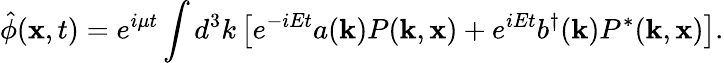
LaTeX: \hat{\phi}({\mathbf x},t)=e^{i\mu t}\int d^{3}k\left[e^{-iEt}a({\mathbf k})P({\mathbf k},{\mathbf x})+e^{iEt}b^{\dagger}({\mathbf k})P^{*}({\mathbf k},{\mathbf x})\right].